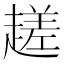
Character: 䟀